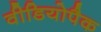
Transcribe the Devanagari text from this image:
वीडियोपैक